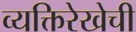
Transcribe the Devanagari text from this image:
व्यक्तिरेखेची